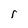
Character: r